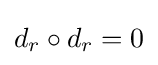
d_{r}\circ d_{r}=0